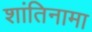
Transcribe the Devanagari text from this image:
शांतिनामा